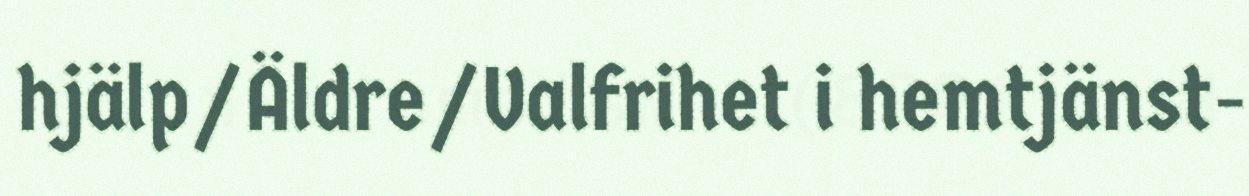
hjälp/Äldre/Valfrihet i hemtjänst-